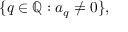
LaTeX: \{ q \in \mathbb { Q } : a _ { q } \neq 0 \} ,